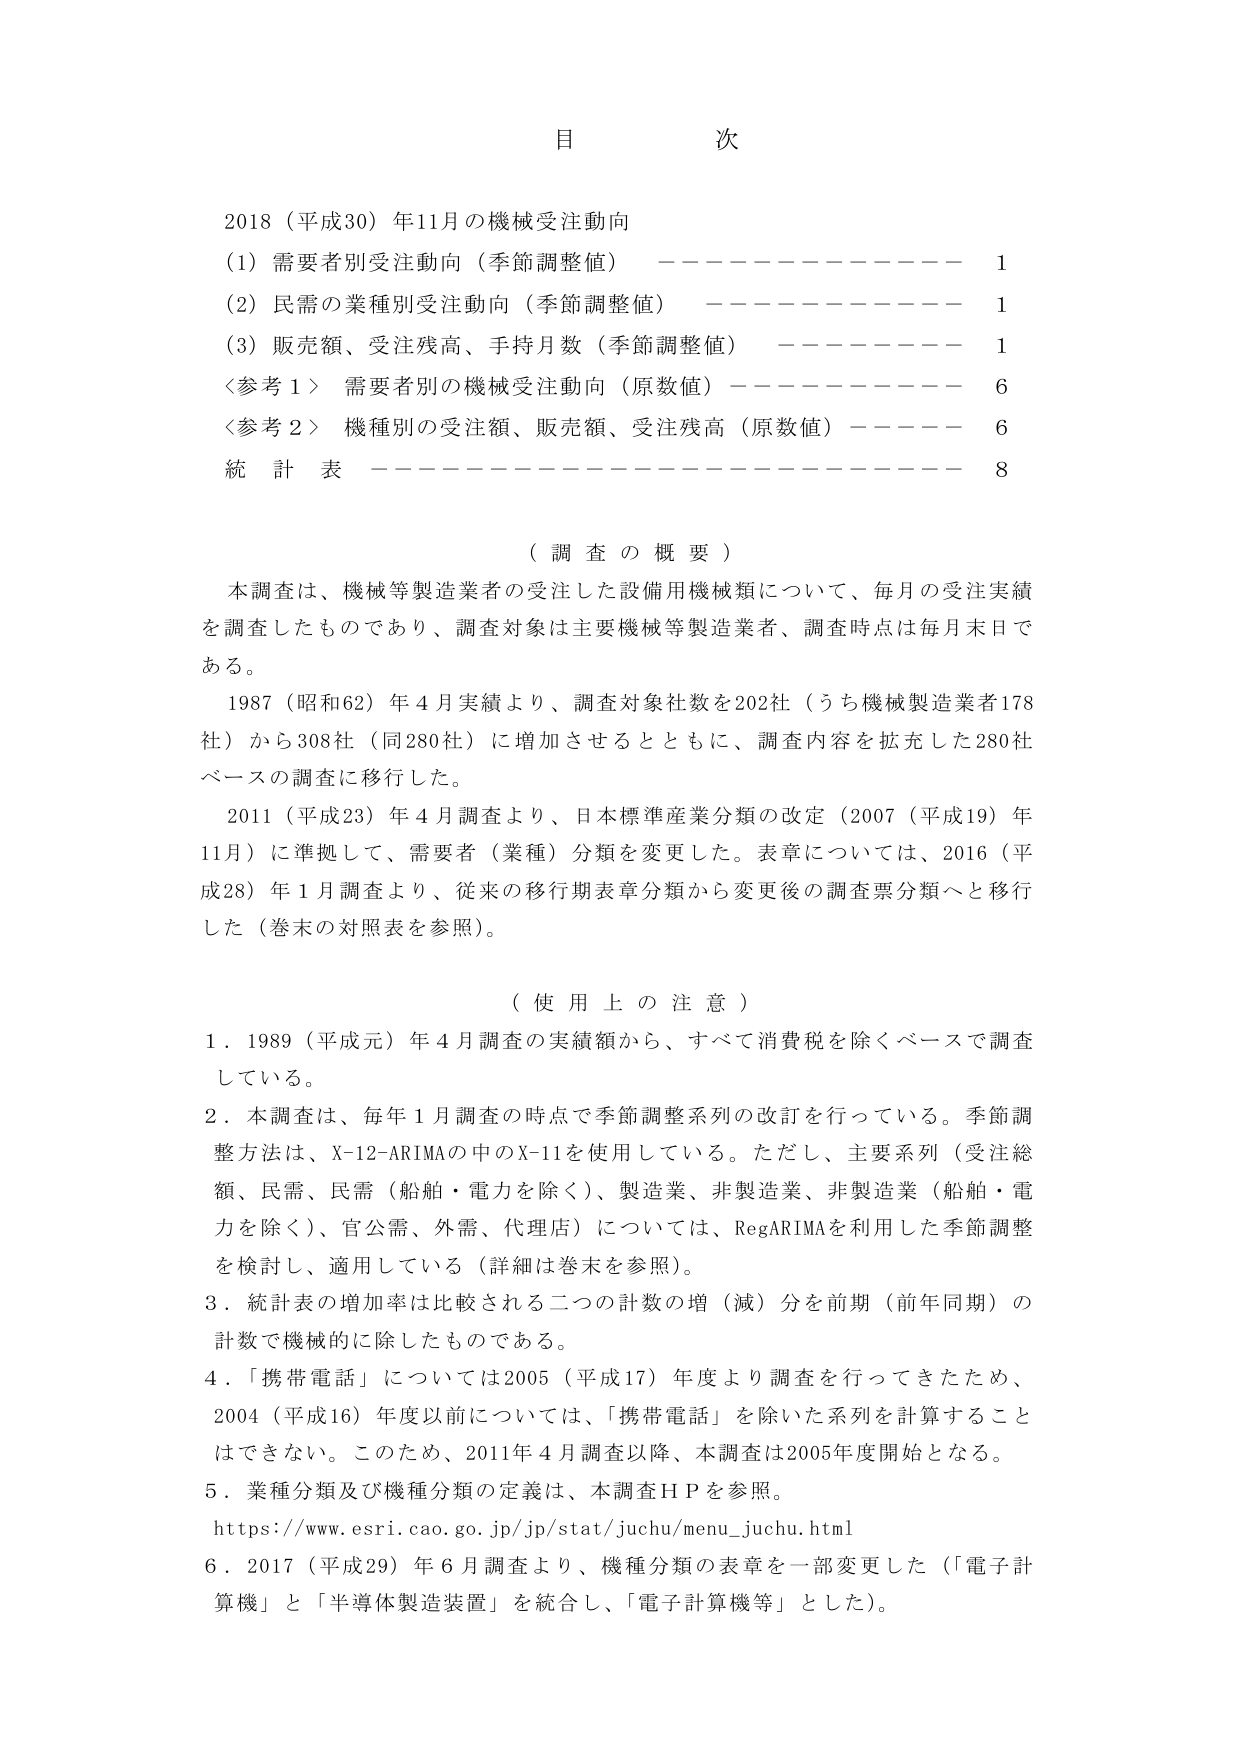
目 次

2018（平成30）年11月の機械受注動向
（1）需要者別受注動向（季節調整値） ———————— 1
（2）民需の業種別受注動向（季節調整値） ———————— 1
（3）販売額、受注残高、手持月数（季節調整値） ———————— 1
〈参考1〉 需要者別の機械受注動向（原数値） ———————— 6
〈参考2〉 機種別の受注額、販売額、受注残高（原数値） ———————— 6
統 計 表 ———————————————— 8

（調査の概要）
本調査は、機械等製造業者の受注した設備用機械類について、毎月の受注実績を調査したものであり、調査対象は主要機械等製造業者、調査時点は毎月末日である。
1987（昭和62）年4月実績より、調査対象社数を202社（うち機械製造業者178社）から308社（同280社）に増加させるとともに、調査内容を拡充した280社ベースの調査に移行した。
2011（平成23）年4月調査より、日本標準産業分類の改定（2007（平成19）年11月）に準拠して、需要者（業種）分類を変更した。表章については、2016（平成28）年1月調査より、従来の移行期表章分類から変更後の調査票分類へと移行した（巻末の対照表を参照）。

（使用上の注意）
1．1989（平成元）年4月調査の実績額から、すべて消費税を除くベースで調査している。
2．本調査は、毎年1月調査の時点で季節調整系列の改訂を行っている。季節調整方法は、X-12-ARIMAの中のX-11を使用している。ただし、主要系列（受注総額、民需、民需（船舶・電力を除く）、製造業、非製造業、非製造業（船舶・電力を除く）、官公需、外需、代理店）については、RegARIMAを利用した季節調整を検討し、適用している（詳細は巻末を参照）。
3．統計表の増加率は比較される二つの計数の増（減）分を前期（前年同期）の計数で機械的に除したものである。
4．「携帯電話」については2005（平成17）年度より調査を行ってきたため、2004（平成16）年度以前については、「携帯電話」を除いた系列を計算することはできない。このため、2011年4月調査以降、本調査は2005年度開始となる。
5．業種分類及び機種分類の定義は、本調査ＨＰを参照。
https://www.esri.cao.go.jp/jp/stat/juchu/menu_juchu.html
6．2017（平成29）年6月調査より、機種分類の表章を一部変更した（「電子計算機」と「半導体製造装置」を統合し、「電子計算機等」とした）。